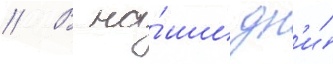
// В на́ши дн'и́